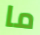
ما